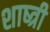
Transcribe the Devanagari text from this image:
शाष्त्री